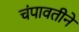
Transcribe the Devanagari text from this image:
चंपावतीने